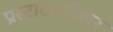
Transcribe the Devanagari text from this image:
प्रास्टासाइक्लिन